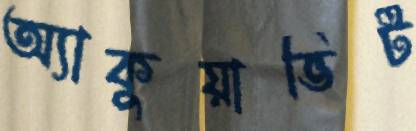
অ্যাকুয়াভিট